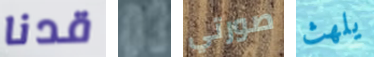
قدنا 03 صورتي يلهث